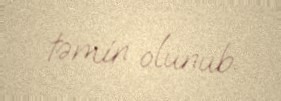
təmin olunub.